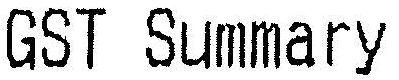
GST SUMMARY